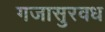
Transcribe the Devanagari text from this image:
गजासुरवध